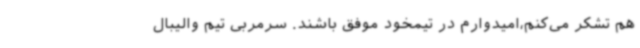
هم تشکر می‌کنم،امیدوارم در تیمخود موفق باشند. سرمربی تیم والیبال